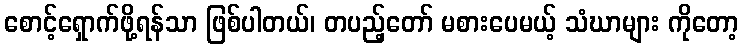
စောင့်ရှောက်ဖို့ရန်သာ ဖြစ်ပါတယ်၊ တပည့်တော် မစားပေမယ့် သံဃာများ ကိုတော့